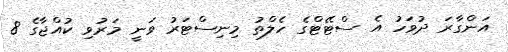
އަންގާރަ ދުވަހު އެ ސްޓޭޓްގެ ހެލްތު މިނިސްޓަރު ވަނީ މަރުވި ކުއްޖާގެ 8